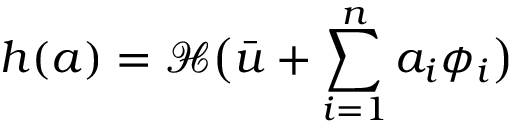
\boldsymbol { h } ( \boldsymbol { a } ) = \mathcal { H } \big ( \bar { \boldsymbol { u } } + \sum _ { i = 1 } ^ { n } a _ { i } \phi _ { i } \big )